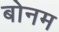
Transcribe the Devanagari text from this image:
बोनम